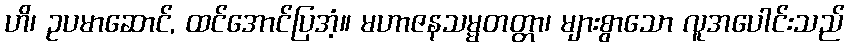
ဟိ၊ ဥပမာဆောင်, ထင်အောင်ပြအံ့။ မဟာဇနသမ္မတတ္တာ၊ များစွာသော လူအပေါင်းသည်